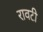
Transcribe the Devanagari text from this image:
रावटी